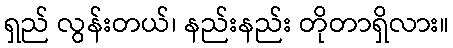
ရှည် လွန်းတယ်၊ နည်းနည်း တိုတာရှိလား။